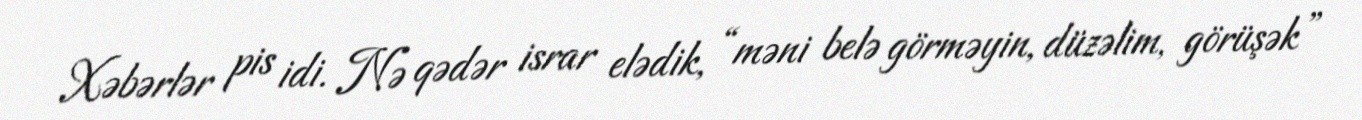
Xəbərlər pis idi. Nə qədər israr elədik, “məni belə görməyin, düzəlim, görüşək”